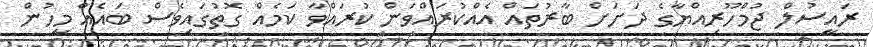
ރައީސުލް ޖުމްހޫރިއްޔާގެ ދަށަށް ބާރުތައް އެއްކުރައްވަން ކުރައްވާ ކަމެއް ގޮތުގައިވެސް ބައެއް މީހުން